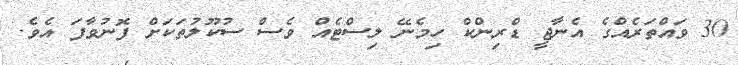
30 ވައްތަރެއްގެ އެނާޖީ ޑްރިންކް ހިމެނޭ ލިސްޓެއް ވެސް ސުކޫލުތަކަށް ފޮނުވާފަ އެވެ.